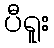
ပီရူး